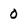
Character: 0